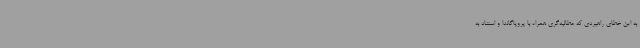
به این خطای راهبردی که مطالبه‌گری همراه با پروپاگاندا و استناد به